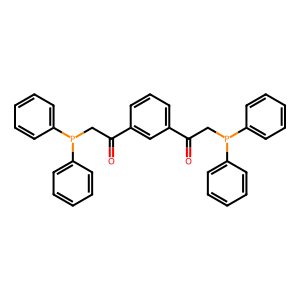
SMILES: O=C(CP(c1ccccc1)c1ccccc1)c1cccc(C(=O)CP(c2ccccc2)c2ccccc2)c1
Inhibits HIV replication: No